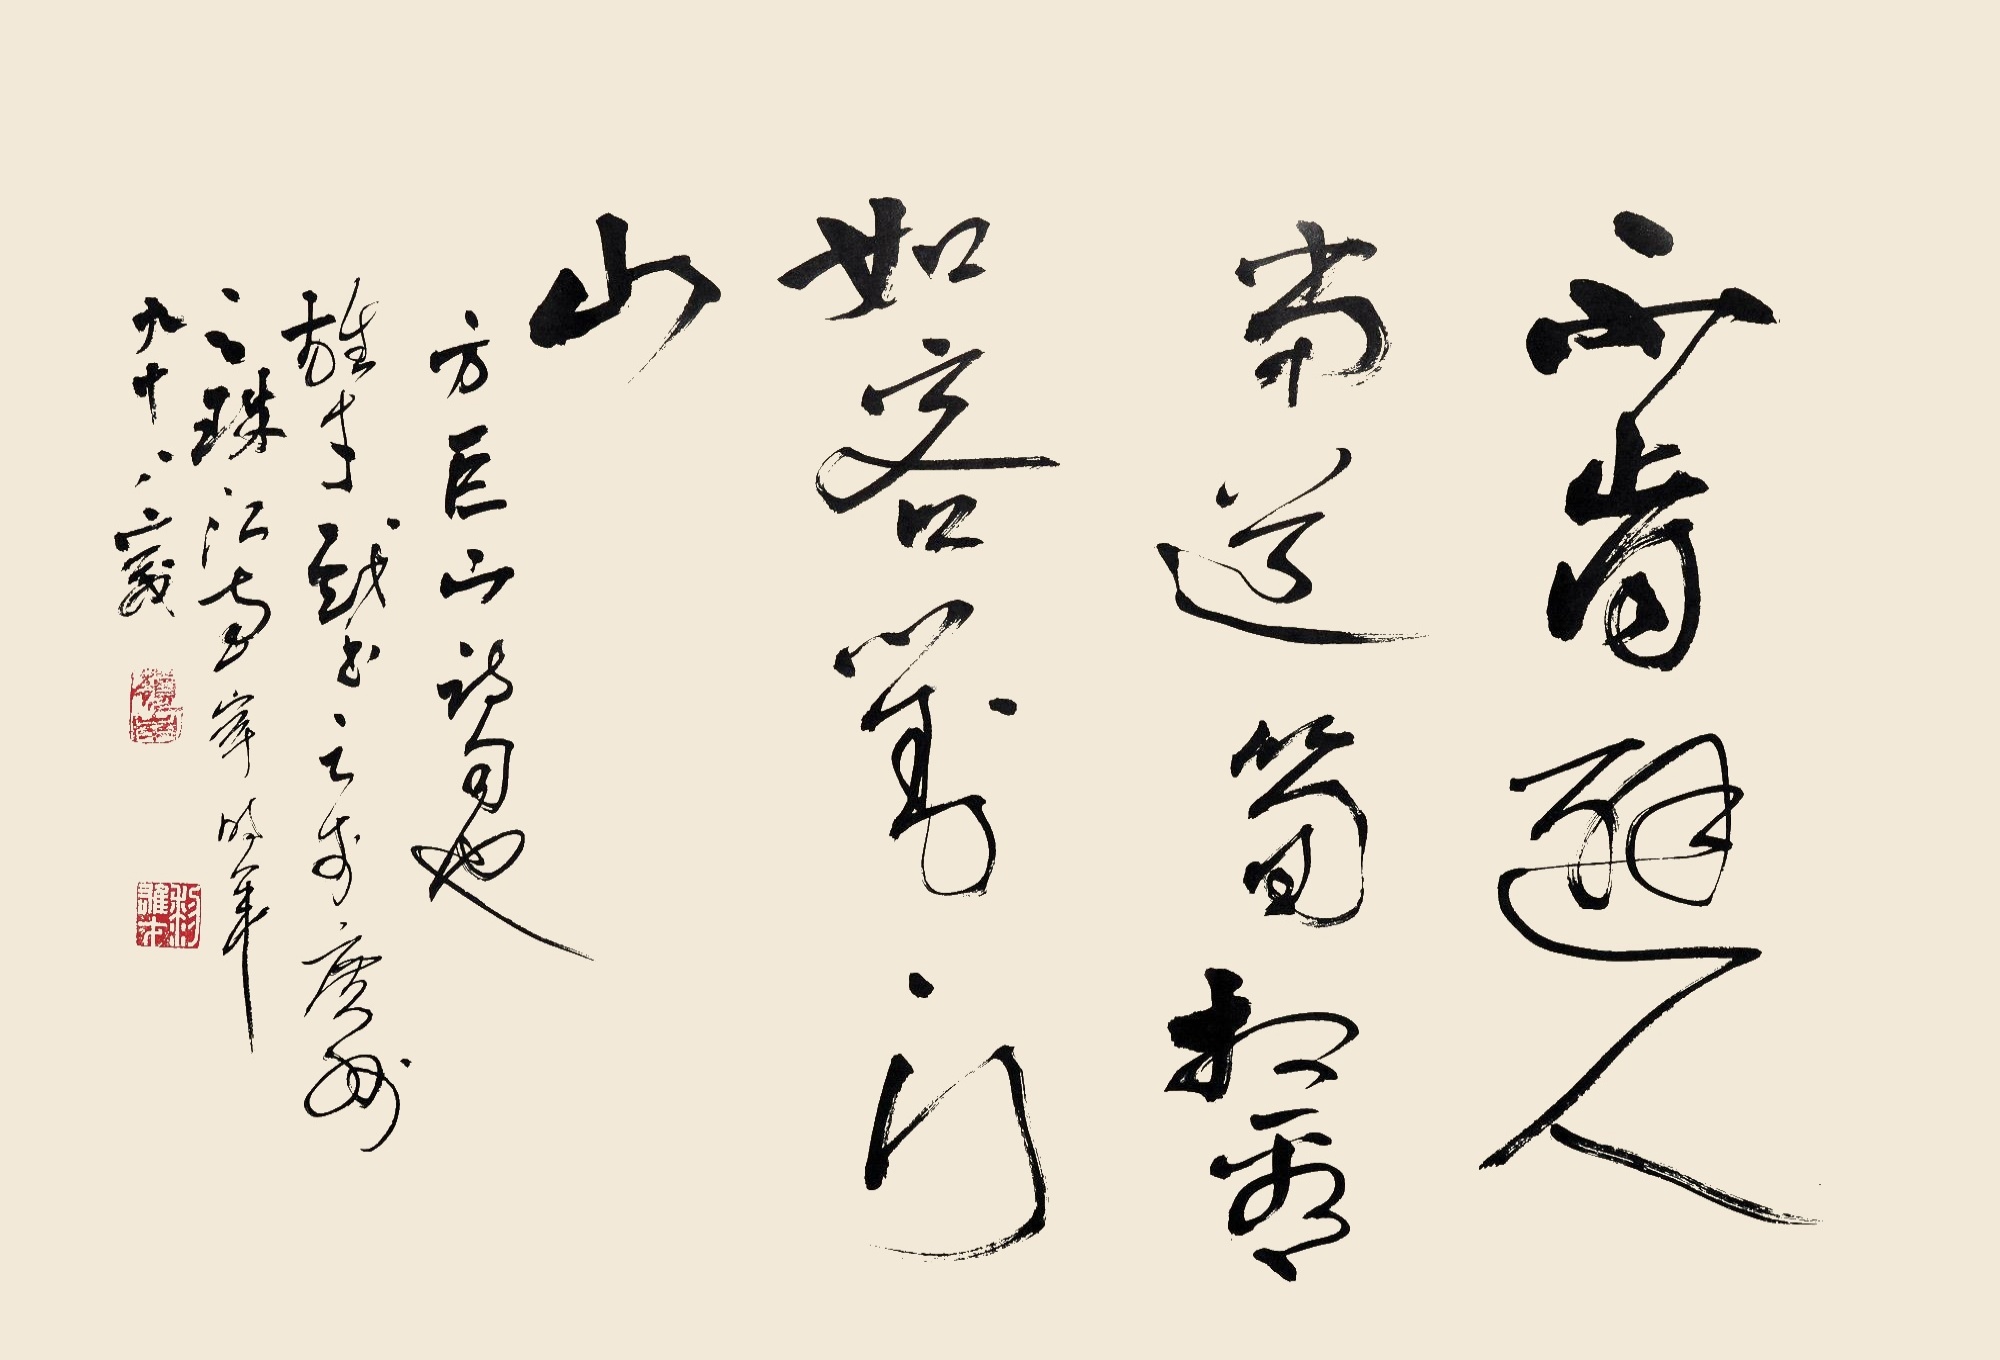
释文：不肯避人当道笋，相看如客对门山方巨山诗句也，雄才戏书之于广州之珠江南岸时年九十八岁